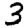
Digit: 3